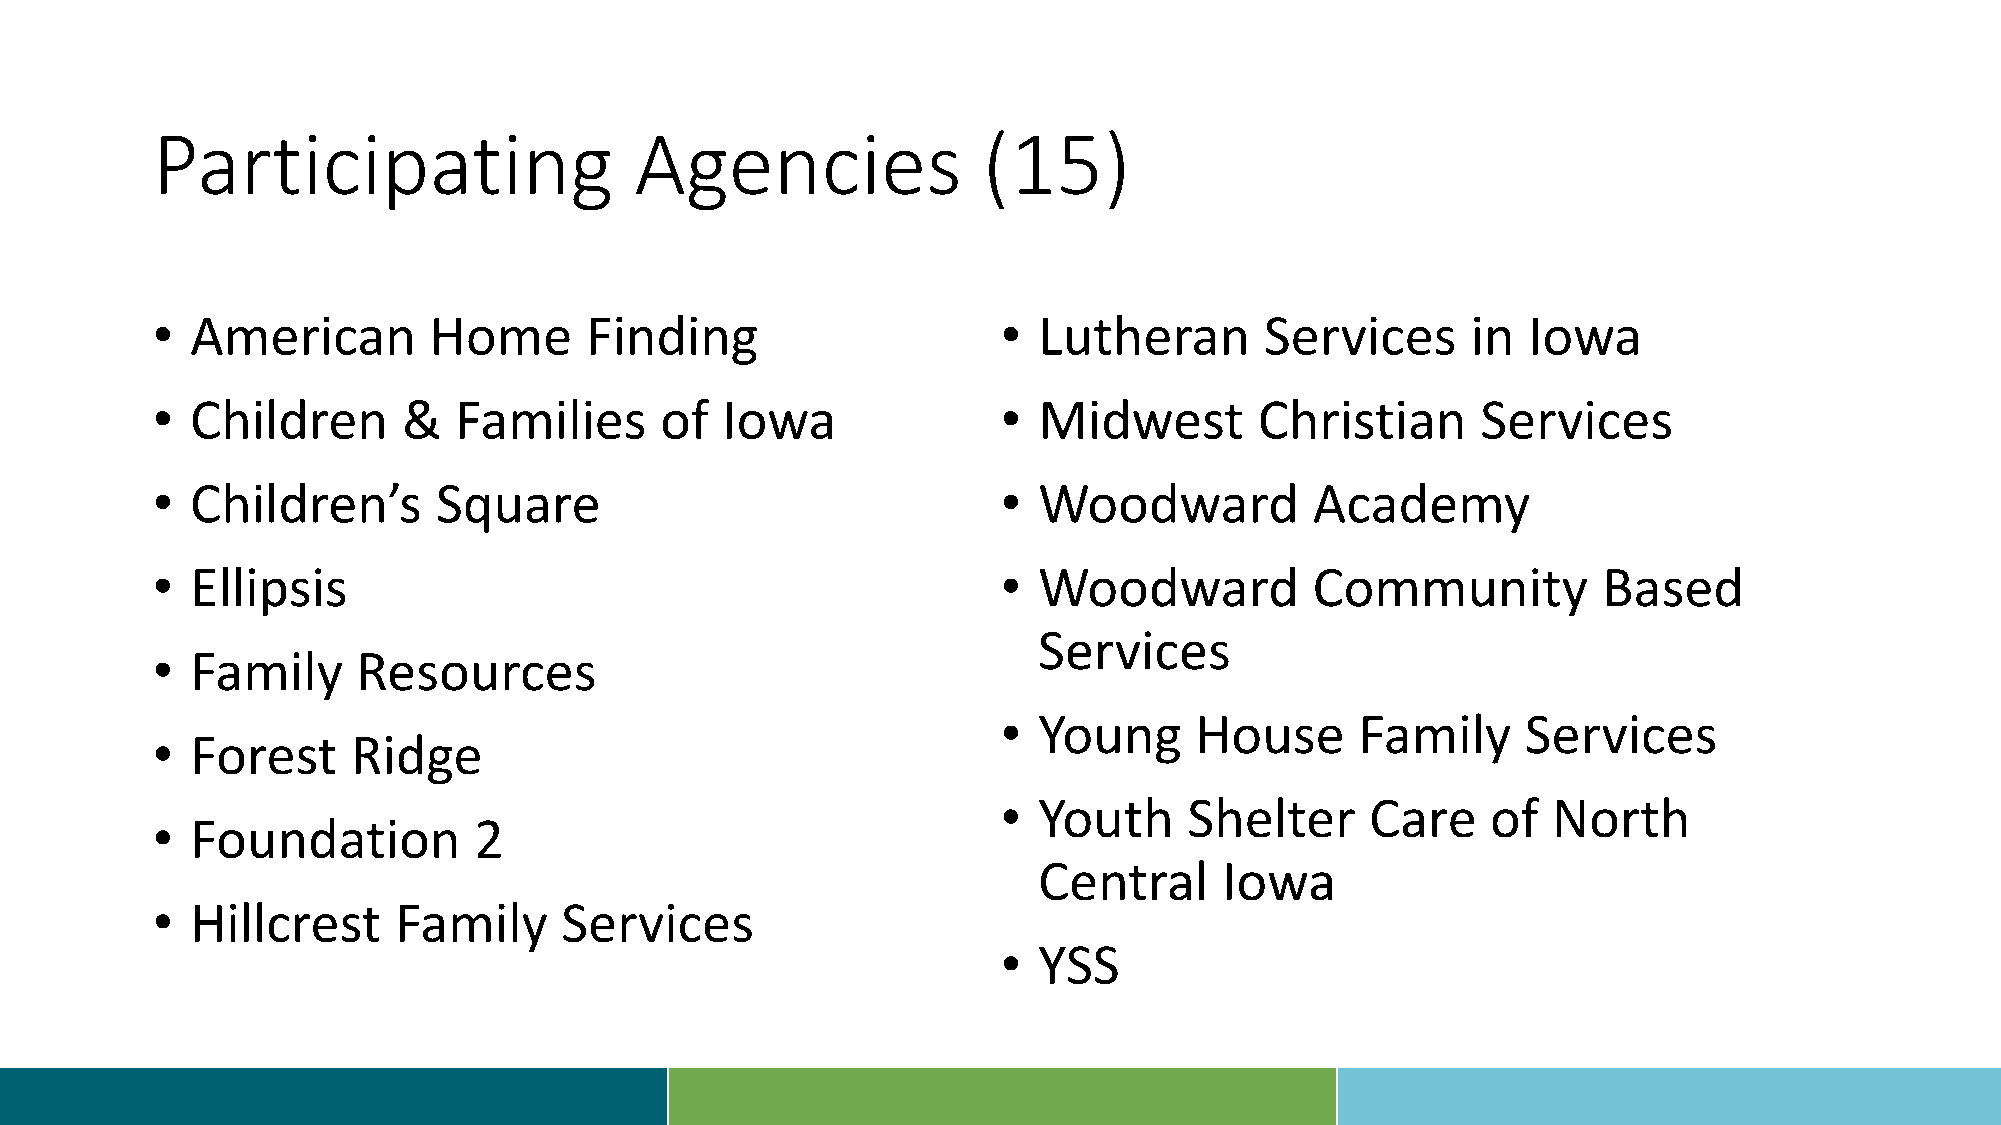
Participating                   Agencies               (15)
 •  American       Home       Finding                    •  Lutheran       Services     in  Iowa
 •  Children      &  Families      of  Iowa              •  Midwest       Christian      Services
 •  Children’s      Square                               •  Woodward          Academy
 •  Ellipsis                                             •  Woodward          Community          Based
 Services
 •  Family     Resources
 •  Young     House      Family     Services
 •  Forest    Ridge
 •  Youth     Shelter     Care    of  North
 •  Foundation        2
 Central     Iowa
 •  Hillcrest    Family     Services
 •  YSS